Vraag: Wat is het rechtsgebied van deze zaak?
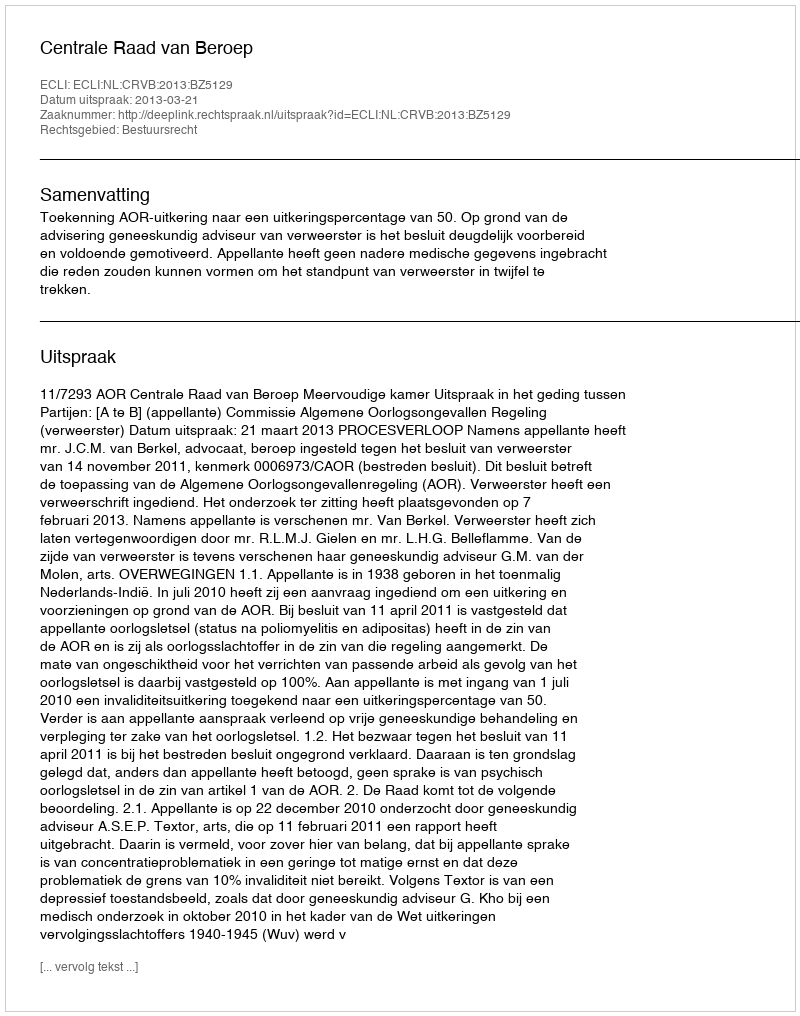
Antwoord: Bestuursrecht